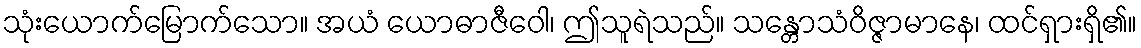
သုံးယောက်မြောက်သော။ အယံ ယောဓာဇီဝေါ၊ ဤသူရဲသည်။ သန္တောသံဝိဇ္ဇာမာနေ၊ ထင်ရှားရှိ၏။